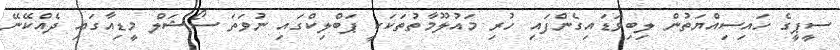
ސީޕީގެ ހައިސިއްޔަތުން ލިބިވަޑައިގެންފައި ހުރި މައުލޫމާތުތަކަކީ ޕަބްލިކްގައި ނުވަތަ ސޯޝަލް މީޑިއާގައި ދެއްކޭނޭ